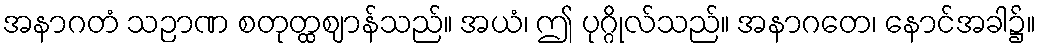
အနာဂတံ သဉာဏ စတုတ္ထဈာန်သည်။ အယံ၊ ဤ ပုဂ္ဂိုလ်သည်။ အနာဂတေ၊ နောင်အခါ၌။